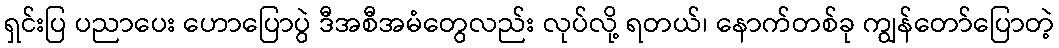
ရှင်းပြ ပညာပေး ဟောပြောပွဲ ဒီအစီအမံတွေလည်း လုပ်လို့ ရတယ်၊ နောက်တစ်ခု ကျွန်တော်ပြောတဲ့